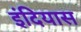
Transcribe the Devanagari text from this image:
इंदियास